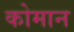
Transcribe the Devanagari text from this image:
कोमान